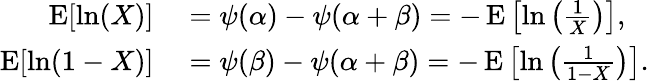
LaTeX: \begin{array}{rl}{\operatorname{E}[\ln(X)]}&{{}=\psi(\alpha)-\psi(\alpha+\beta)=-\operatorname{E}\left[\ln\left({\frac{1}{X}}\right)\right],}\\ {\operatorname{E}[\ln(1-X)]}&{{}=\psi(\beta)-\psi(\alpha+\beta)=-\operatorname{E}\left[\ln\left({\frac{1}{1-X}}\right)\right].}\end{array}